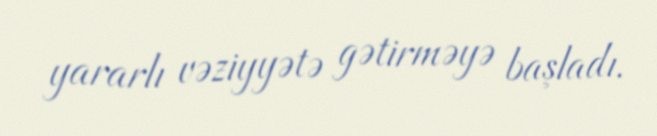
yararlı vəziyyətə gətirməyə başladı.